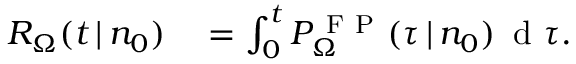
\begin{array} { r l } { R _ { \Omega } ( t \, | \, n _ { 0 } ) } & { { } = \int _ { 0 } ^ { t } P _ { \Omega } ^ { \mathrm { ~ F ~ P ~ } } ( \tau \, | \, n _ { 0 } ) \, \mathrm { ~ d ~ } \tau . } \end{array}